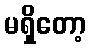
မရှိတော့